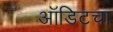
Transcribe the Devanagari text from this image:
ऑडिटचा